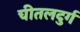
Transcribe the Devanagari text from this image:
चीतलदुर्ग